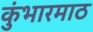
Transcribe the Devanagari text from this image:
कुंभारमाठ